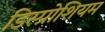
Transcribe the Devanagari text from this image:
डिस्प्रोशियम